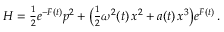
H = { \textstyle \frac { 1 } { 2 } } e ^ { - F ( t ) } p ^ { 2 } + \big ( { \textstyle \frac { 1 } { 2 } } \omega ^ { 2 } ( t ) \, x ^ { 2 } + a ( t ) \, x ^ { 3 } \big ) e ^ { F ( t ) } \, .